Annual report on the lock hospitals of the Madras Presidency
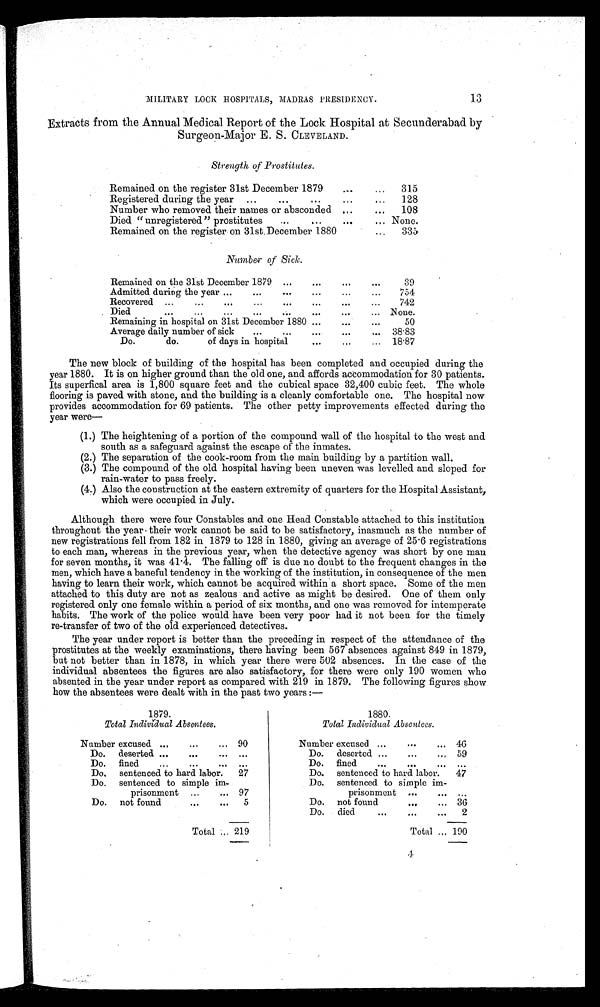
MILITARY LOCK HOSPITALS, MADRAS PRESIDENCY.
Extracts from the Annual Medical Report of the Lock Hospital at Secunderabad. by
Surgeon-Major E. S. CLEVELAND.
Strength of Prostitutes.
Remained on the register 31st December 1879
...
...
315
4
Registered during the year
...
. . . .
. . .
128
Number who removed their names or absconded ...
...
108
Died " unregistered" prostitutes
...
...
...
... None.
Remained on the register on 31st. December 1880
...
335
Number of Sick.
*4 4
Remained on the 31st December 1879 ...
...
...
39
Admitted during the year ...
...
......
...
754
...
Recovered
...
...
...
...
...
...
742
...
Died
...
...
...
...
...
... None.
Remaining in hospital on 31st December 1880 ...
...
...
50
Average daily number of sick
...
...
...
...
...
38.83
Do.
do.
of days in hospital
...
. . .
...
18.87
The new block of building of the hospital has been completed and occupied during the
year 1880. It is on higher ground than the old one, and affords accommodation for 30 patients.
Its superfical area is 1,800 square feet and the cubical space 32,400 cubic feet. The whole
flooring is paved with stone, and the building is a cleanly comfortable one. The hospital now
provides accommodation for 69 patients. The other petty improvements effected during the
year were
(1.) The heightening of a portion of the compound wall of the hospital to the west and
south as a safeguard against the escape of the inmates.
(2.) The separation of the cook-room from the main building by a partition wall.
(3.) The compound of the old hospital having been uneven was levelled and sloped for
rain-water to pass freely.
(4.) Also the construction at the eastern extremity of quarters for the Hospital Assistant,
which were occupied in July.
Although there were four Constables and one Head Constable attached to this institution
throughout the year their work cannot be said to be satisfactory, inasmuch as the number of
new registrations fell from 182 in 1879 to 128 in 1880, giving an average of 25 . 6 registrations
to each man, whereas in the previous year, when the detective agency was short by one man
for seven months, it was 41 .4. The falling off is due no doubt to the frequent changes in the
men, which have a baneful tendency in the working of the institution, in consequence of the men
having to learn their work, which cannot be acquired within a short space. Some of the men
attached to this duty are not as zealous and active as might be desired. One of them only
registered only one female within a period of six months, and one was removed for intemperate
habits. The work of the police would have been very poor had it not been. for the timely
re-transfer of two of the old experienced detectives.
The year under report is better than the preceding in respect of the attendance of the
prostitutes at the weekly examinations, there having been 567 absences against 849 in 1879,
but not better than in 1878, in which year there were 502 absences. In the case of the
individual absentees the figures are also satisfactory, for there were only 190 women who
absented in the year under report as compared with 219 in 1879. The following figures show
how the absentees were dealt with in the past two years :—
1879.
Total Individual Absentees.
Number excused ......
. . .
90
Do.
deserted ...
...
. . . . . .
Do.
fined... ...
Do,
sentenced to hard labor.
27
Do.
sentenced to simple im
prisonment ...
... 97
Do.
not found
...
...
5
Total .„ 219
1880.
Total individual Absentees.
Number excused ...
... 46
Do.
deserted ...
...
.., 59
Do.
fined
...
. . .
Do.
sentenced to hard labor.
47
Do.
sentenced to simple im
prisonment
...
Do.
not found
...
... 36
Do.
died
..,
..
2
Total .„ 190